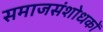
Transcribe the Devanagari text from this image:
समाजसंशोधकों